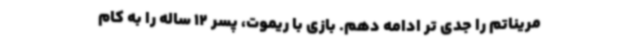
مریناتم را جدی تر ادامه دهم. بازی با ریموت، پسر 12 ساله را به کام